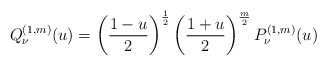
\begin{align*}Q^{(1,m)}_\nu(u)=\left(\frac{1-u}{2}\right)^{\frac{1}{2}}\left(\frac{1+u}{2}\right)^{\frac{m}{2}}P^{(1,m)}_\nu(u)\end{align*}